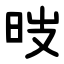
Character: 㫞